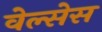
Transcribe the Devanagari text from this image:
वेल्सेस